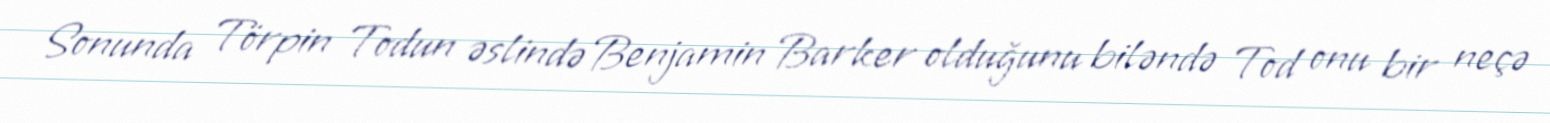
Sonunda Törpin Todun əslində Benjamin Barker olduğunu biləndə Tod onu bir neçə